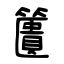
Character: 籄